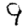
Digit: 9